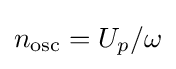
n_{\mathrm {osc} }=U_{p}/\omega